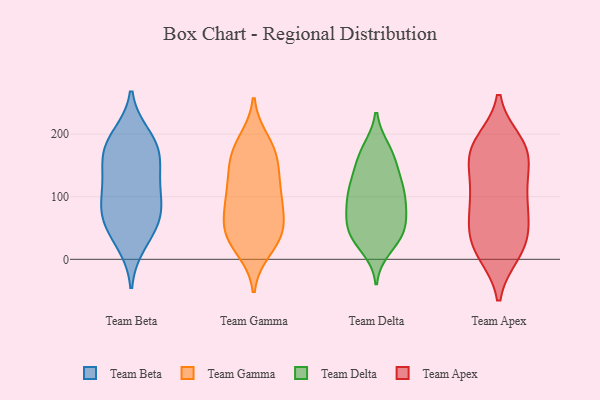
{"axis": {"x": "Customer Acquisition Cost (USD)", "y": "Value"}, "legend": ["Team Apex", "Team Beta", "Team Delta", "Team Gamma"], "data": [{"x": "", "y": 183, "type": "Team Beta"}, {"x": "", "y": 117, "type": "Team Beta"}, {"x": "", "y": 178, "type": "Team Beta"}, {"x": "", "y": 67, "type": "Team Beta"}, {"x": "", "y": 45, "type": "Team Beta"}, {"x": "", "y": 73, "type": "Team Beta"}, {"x": "", "y": 131, "type": "Team Beta"}, {"x": "", "y": 196, "type": "Team Beta"}, {"x": "", "y": 95, "type": "Team Beta"}, {"x": "", "y": 76, "type": "Team Beta"}, {"x": "", "y": 147, "type": "Team Beta"}, {"x": "", "y": 26, "type": "Team Beta"}, {"x": "", "y": 173, "type": "Team Beta"}, {"x": "", "y": 170, "type": "Team Gamma"}, {"x": "", "y": 40, "type": "Team Gamma"}, {"x": "", "y": 87, "type": "Team Gamma"}, {"x": "", "y": 46, "type": "Team Gamma"}, {"x": "", "y": 40, "type": "Team Gamma"}, {"x": "", "y": 56, "type": "Team Gamma"}, {"x": "", "y": 31, "type": "Team Gamma"}, {"x": "", "y": 174, "type": "Team Gamma"}, {"x": "", "y": 17, "type": "Team Gamma"}, {"x": "", "y": 133, "type": "Team Gamma"}, {"x": "", "y": 188, "type": "Team Gamma"}, {"x": "", "y": 134, "type": "Team Gamma"}, {"x": "", "y": 88, "type": "Team Gamma"}, {"x": "", "y": 97, "type": "Team Gamma"}, {"x": "", "y": 165, "type": "Team Gamma"}, {"x": "", "y": 107, "type": "Team Gamma"}, {"x": "", "y": 125, "type": "Team Delta"}, {"x": "", "y": 176, "type": "Team Delta"}, {"x": "", "y": 85, "type": "Team Delta"}, {"x": "", "y": 33, "type": "Team Delta"}, {"x": "", "y": 132, "type": "Team Delta"}, {"x": "", "y": 40, "type": "Team Delta"}, {"x": "", "y": 39, "type": "Team Delta"}, {"x": "", "y": 69, "type": "Team Delta"}, {"x": "", "y": 49, "type": "Team Delta"}, {"x": "", "y": 18, "type": "Team Delta"}, {"x": "", "y": 108, "type": "Team Delta"}, {"x": "", "y": 40, "type": "Team Delta"}, {"x": "", "y": 119, "type": "Team Delta"}, {"x": "", "y": 152, "type": "Team Delta"}, {"x": "", "y": 67, "type": "Team Delta"}, {"x": "", "y": 104, "type": "Team Delta"}, {"x": "", "y": 171, "type": "Team Delta"}, {"x": "", "y": 97, "type": "Team Delta"}, {"x": "", "y": 169, "type": "Team Delta"}, {"x": "", "y": 80, "type": "Team Delta"}, {"x": "", "y": 118, "type": "Team Apex"}, {"x": "", "y": 187, "type": "Team Apex"}, {"x": "", "y": 10, "type": "Team Apex"}, {"x": "", "y": 57, "type": "Team Apex"}, {"x": "", "y": 36, "type": "Team Apex"}, {"x": "", "y": 169, "type": "Team Apex"}, {"x": "", "y": 121, "type": "Team Apex"}, {"x": "", "y": 88, "type": "Team Apex"}, {"x": "", "y": 98, "type": "Team Apex"}, {"x": "", "y": 178, "type": "Team Apex"}, {"x": "", "y": 136, "type": "Team Apex"}, {"x": "", "y": 15, "type": "Team Apex"}, {"x": "", "y": 70, "type": "Team Apex"}, {"x": "", "y": 171, "type": "Team Apex"}, {"x": "", "y": 11, "type": "Team Apex"}, {"x": "", "y": 171, "type": "Team Apex"}, {"x": "", "y": 25, "type": "Team Apex"}, {"x": "", "y": 182, "type": "Team Apex"}, {"x": "", "y": 63, "type": "Team Apex"}]}